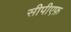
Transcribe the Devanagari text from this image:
सीपीएफ़